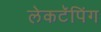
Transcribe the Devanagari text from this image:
लेकटॅपिंग